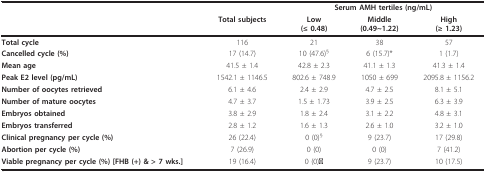
<table><thead><tr><td></td><td></td><td colspan="3"><b>Serum AMH tertiles (ng/mL)</b></td></tr><tr><td></td><td><b>Total subjects</b></td><td><b>Low(≤ 0.48)</b></td><td><b>Middle(0.49~1.22)</b></td><td><b>High(≥ 1.23)</b></td></tr></thead><tbody><tr><td><b>Total cycle</b></td><td>116</td><td>21</td><td>38</td><td>57</td></tr><tr><td><b>Cancelled cycle (%)</b></td><td>17 (14.7)</td><td>10 (47.6)<sup>§</sup></td><td>6 (15.7)*</td><td>1 (1.7)</td></tr><tr><td><b>Mean age</b></td><td>41.5 ± 1.4</td><td>42.8 ± 2.3</td><td>41.1 ± 1.3</td><td>41.3 ± 1.4</td></tr><tr><td><b>Peak E2 level (pg/mL)</b></td><td>1542.1 ± 1146.5</td><td>802.6 ± 748.9</td><td>1050 ± 699</td><td>2095.8 ± 1156.2</td></tr><tr><td><b>Number of oocytes retrieved</b></td><td>6.1 ± 4.6</td><td>2.4 ± 2.9</td><td>4.7 ± 2.5</td><td>8.1 ± 5.1</td></tr><tr><td><b>Number of mature oocytes</b></td><td>4.7 ± 3.7</td><td>1.5 ± 1.73</td><td>3.9 ± 2.5</td><td>6.3 ± 3.9</td></tr><tr><td><b>Embryos obtained</b></td><td>3.8 ± 2.9</td><td>1.8 ± 2.4</td><td>3.1 ± 2.2</td><td>4.8 ± 3.1</td></tr><tr><td><b>Embryos transferred</b></td><td>2.8 ± 1.2</td><td>1.6 ± 1.3</td><td>2.6 ± 1.0</td><td>3.2 ± 1.0</td></tr><tr><td><b>Clinical pregnancy per cycle (%)</b></td><td>26 (22.4)</td><td>0 (0)<sup>§</sup></td><td>9 (23.7)</td><td>17 (29.8)</td></tr><tr><td><b>Abortion per cycle (%)</b></td><td>7 (26.9)</td><td>0 (0)</td><td>0 (0)</td><td>7 (41.2)</td></tr><tr><td><b>Viable pregnancy per cycle (%) [FHB (+) &amp; &gt; 7 wks.]</b></td><td>19 (16.4)</td><td>0 (0)#</td><td>9 (23.7)</td><td>10 (17.5)</td></tr></tbody></table>